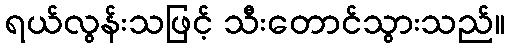
ရယ်လွန်းသဖြင့် သီးတောင်သွားသည်။